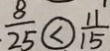
\frac { 8 } { 2 5 } \textcircled { < } \frac { 1 1 } { 1 5 }